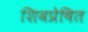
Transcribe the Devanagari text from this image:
शिवप्रेषित